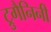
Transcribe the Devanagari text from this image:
ट्रुगैनिनी